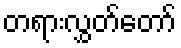
တရားလွှတ်တော်